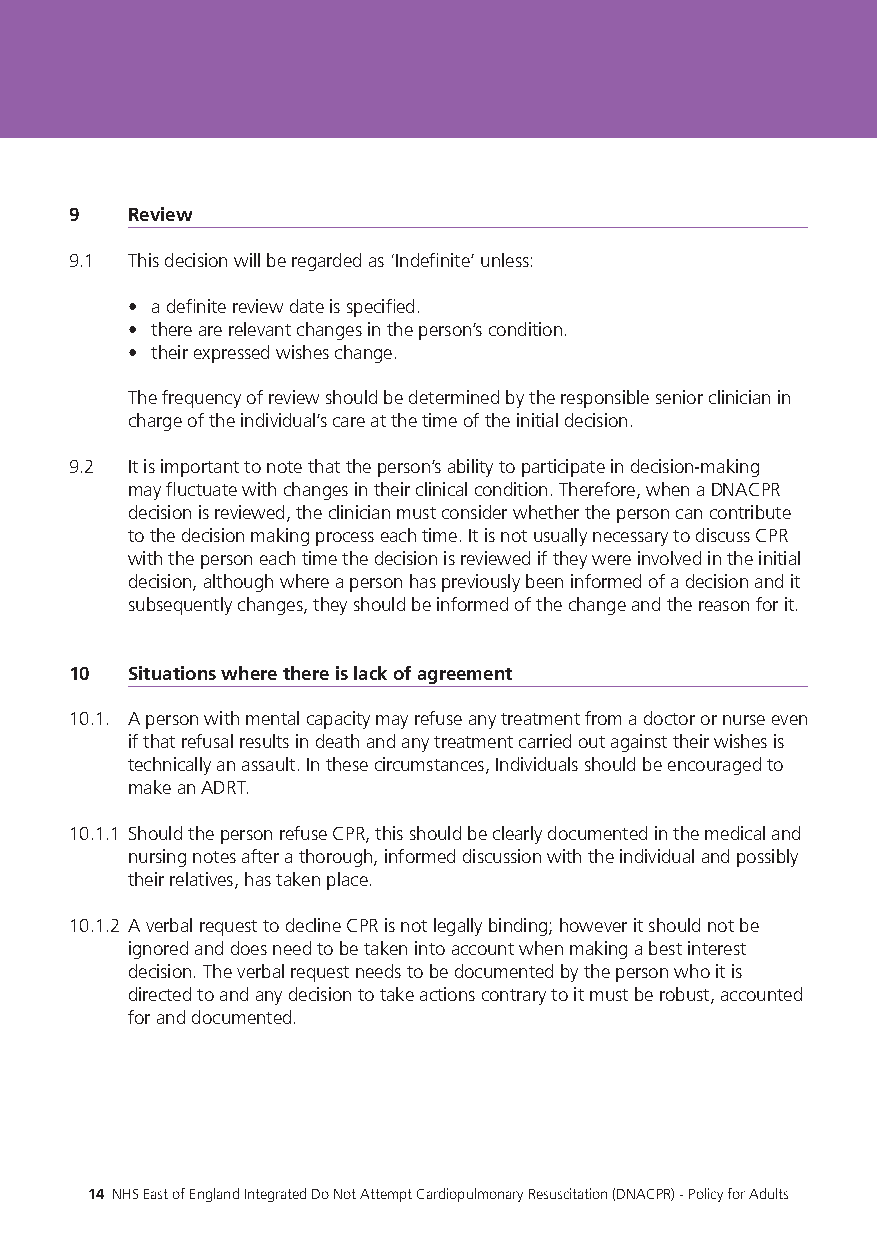
9  Review
 9.1 This decision will be regarded as ‘Indefinite’ unless:
 • a definite review date is specified.
 • there are relevant changes in the person’s condition.
 • their expressed wishes change.
 The frequency of review should be determined by the responsible senior clinician in
 charge of the individual’s care at the time of the initial decision.
 9.2 It is important to note that the person’s ability to participate in decision-making
 may fluctuate with changes in their clinical condition. Therefore, when a DNACPR
 decision is reviewed, the clinician must consider whether the person can contribute
 to the decision making process each time. It is not usually necessary to discuss CPR
 with the person each time the decision is reviewed if they were involved in the initial
 decision, although where a person has previously been informed of a decision and it
 subsequently changes, they should be informed of the change and the reason for it.
 10 Situations where there is lack of agreement
 10.1. A person with mental capacity may refuse any treatment from a doctor or nurse even
 if that refusal results in death and any treatment carried out against their wishes is
 technically an assault. In these circumstances, Individuals should be encouraged to
 make an ADRT.
 10.1.1 Should the person refuse CPR, this should be clearly documented in the medical and
 nursing notes after a thorough, informed discussion with the individual and possibly
 their relatives, has taken place.
 10.1.2 A verbal request to decline CPR is not legally binding; however it should not be
 ignored and does need to be taken into account when making a best interest
 decision. The verbal request needs to be documented by the person who it is
 directed to and any decision to take actions contrary to it must be robust, accounted
 for and documented.
 14 NHS East of England Integrated Do Not Attempt Cardiopulmonary Resuscitation (DNACPR) - Policy for Adults 15 NHS East of England Integrated Do Not Attempt Cardiopulmonary Resuscitation (DNACPR) - Policy for Adults